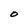
Character: O